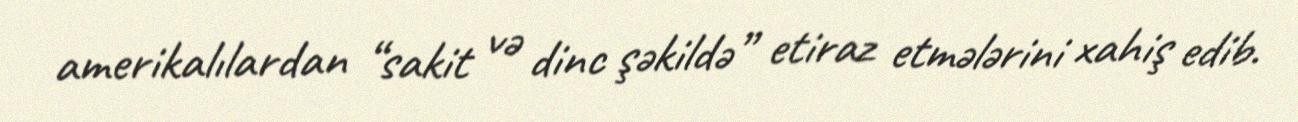
amerikalılardan “sakit və dinc şəkildə” etiraz etmələrini xahiş edib.